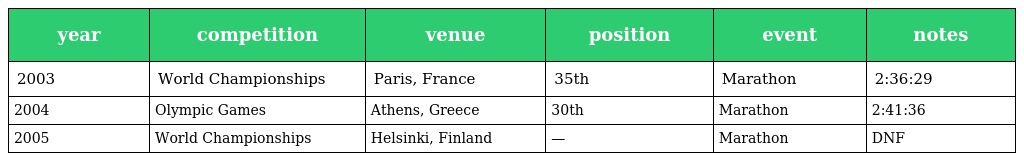
| year | competition | venue | position | event | notes |
 | --- | --- | --- | --- | --- | --- |
 | 2003 | World Championships | Paris, France | 35th | Marathon | 2:36:29 |
 | 2004 | Olympic Games | Athens, Greece | 30th | Marathon | 2:41:36 |
 | 2005 | World Championships | Helsinki, Finland | — | Marathon | DNF |